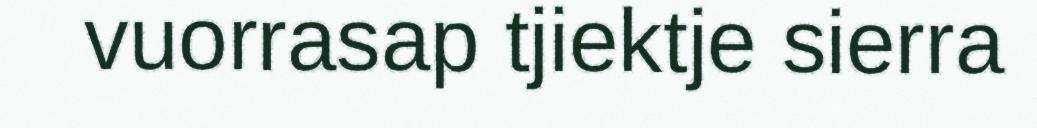
vuorrasap tjiektje sierra